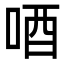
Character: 唒